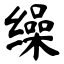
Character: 缲